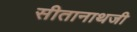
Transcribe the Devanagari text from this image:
सीतानाथजी